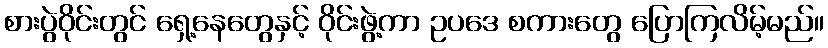
စားပွဲဝိုင်းတွင် ရှေ့နေတွေနှင့် ဝိုင်းဖွဲ့ကာ ဥပဒေ စကားတွေ ပြောကြလိမ့်မည်။